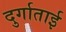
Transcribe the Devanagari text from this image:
दुर्गाताई